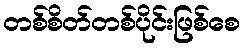
တစ်စိတ်တစ်ပိုင်းဖြစ်စေ